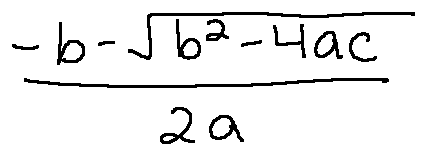
\frac { - b - \sqrt { b ^ { 2 } - 4 a c } } { 2 a }